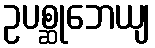
ဥပစ္ဆုဘေယျ